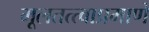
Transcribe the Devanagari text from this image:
मूलतत्त्वाप्रमाणे